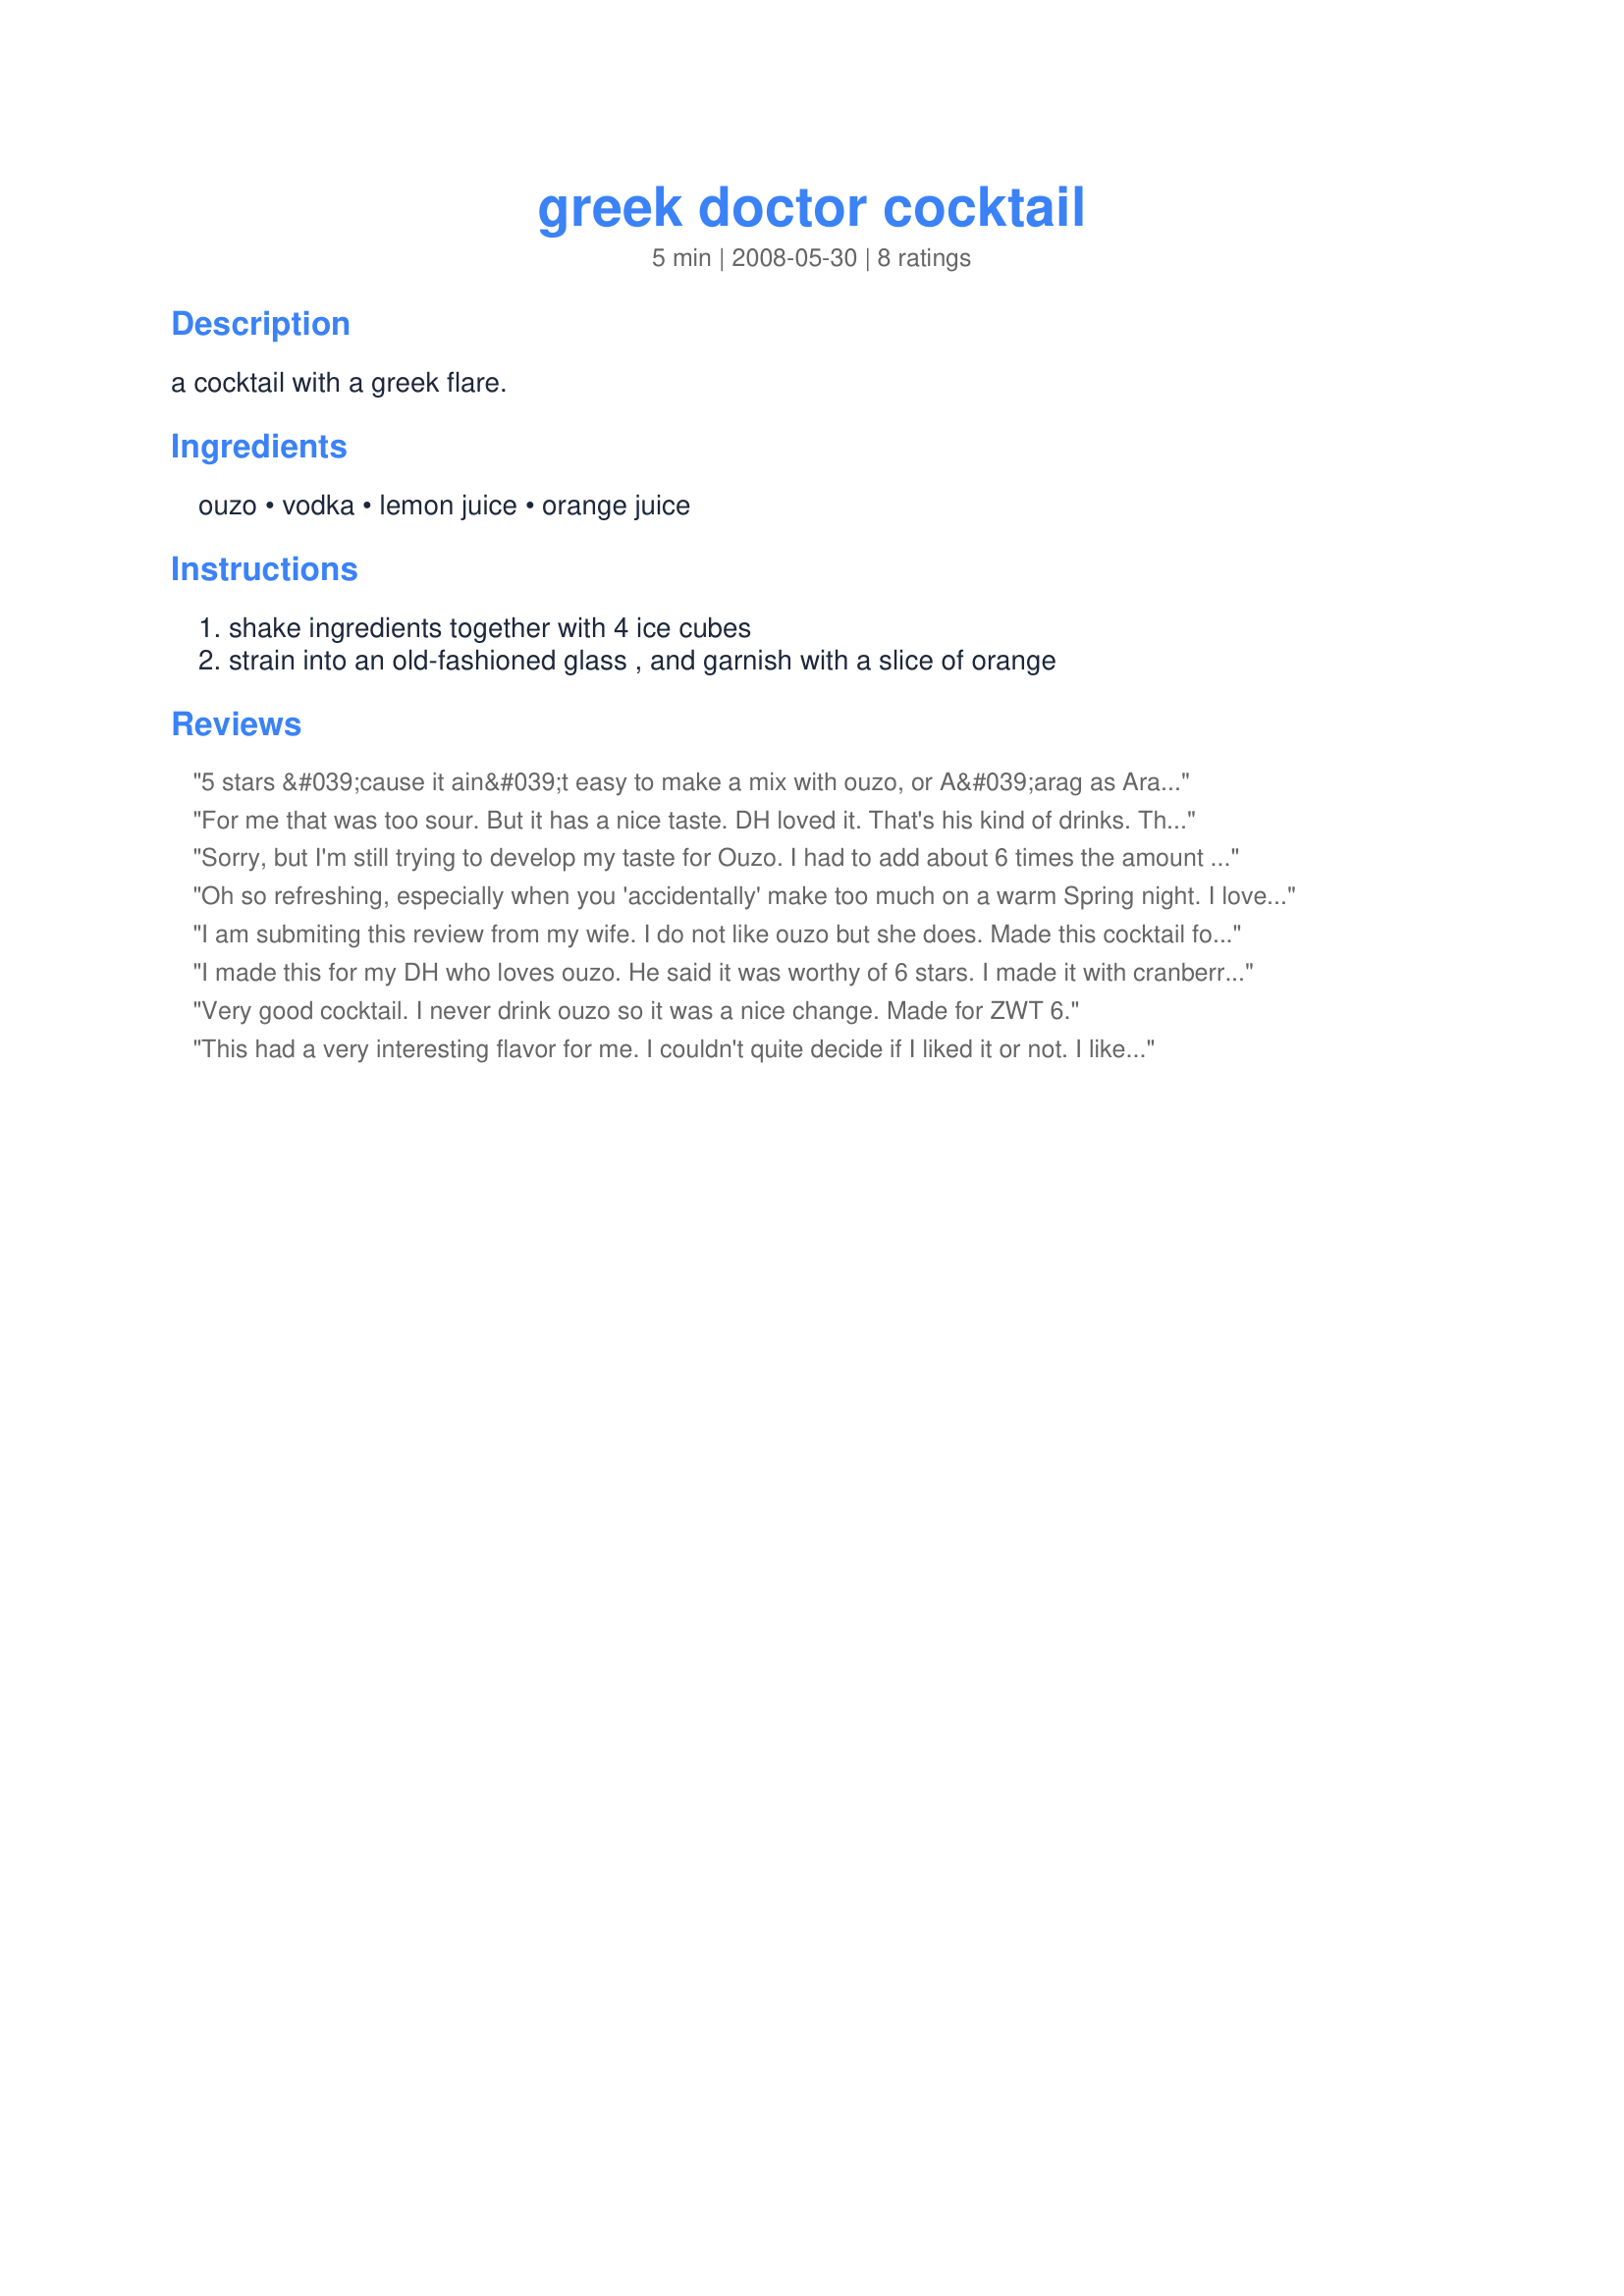
greek doctor cocktail
Preparation time: 5 minutes

a cocktail with a greek flare.

Ingredients:
ouzo, vodka, lemon juice, orange juice

Steps:
shake ingredients together with 4 ice cubes, strain into an old-fashioned glass , and garnish with a slice of orange

Reviews:
5 stars &#039;cause it ain&#039;t easy to make a mix with ouzo, or A&#039;arag as Arabs call it. I add a few drops of grenadine if the booze is over powering, and use fresh ingredients.
For me that was too sour. But it has a nice taste. DH loved it. That's his kind of drinks. Thanks Sarah. Made for the Babes of ZWT4
Sorry, but I'm still trying to develop my taste for Ouzo. I had to add about 6 times the amount of orange juice and that saved the drink for me. Made for the *Family Pick Round* of *ZWT 6* I'm cooking with team *Ya Ya Cookerhood*
Oh so refreshing, especially when you 'accidentally' make too much on a warm Spring night. I loved the lemon juice in this because it cut down on the sweetness of the ouzo. I used freshly squeezed lemon and orange juice and served with a lemon slice. Made for ZWT6 for the No-Nonsense Nibblers. Thanks Sarah_Jayne! :)
I am submiting this review from my wife. I do not like ouzo but she does. Made this cocktail for ZWT4. My wife said it was very nice and would give it 4 stars. I tasted it just to say I tried it.
I made this for my DH who loves ouzo. He said it was worthy of 6 stars. I made it with cranberry vodka, because it's what I had on hand. Thanks for posting Sarah_Jayne. Made and reviewed for ZWT4.
Very good cocktail. I never drink ouzo so it was a nice change. Made for ZWT 6.
This had a very interesting flavor for me. I couldn't quite decide if I liked it or not. I like ouzo but this was just not the drink for me. I see others like it very much so it is just a personal preferance. Made for the Babes of ZWT4.
